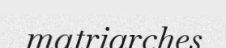
matriarches